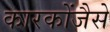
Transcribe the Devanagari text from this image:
कारकोंजैसे